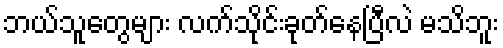
ဘယ်သူတွေများ လက်သိုင်းခုတ်နေပြီလဲ မသိဘူး